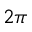
2 \pi